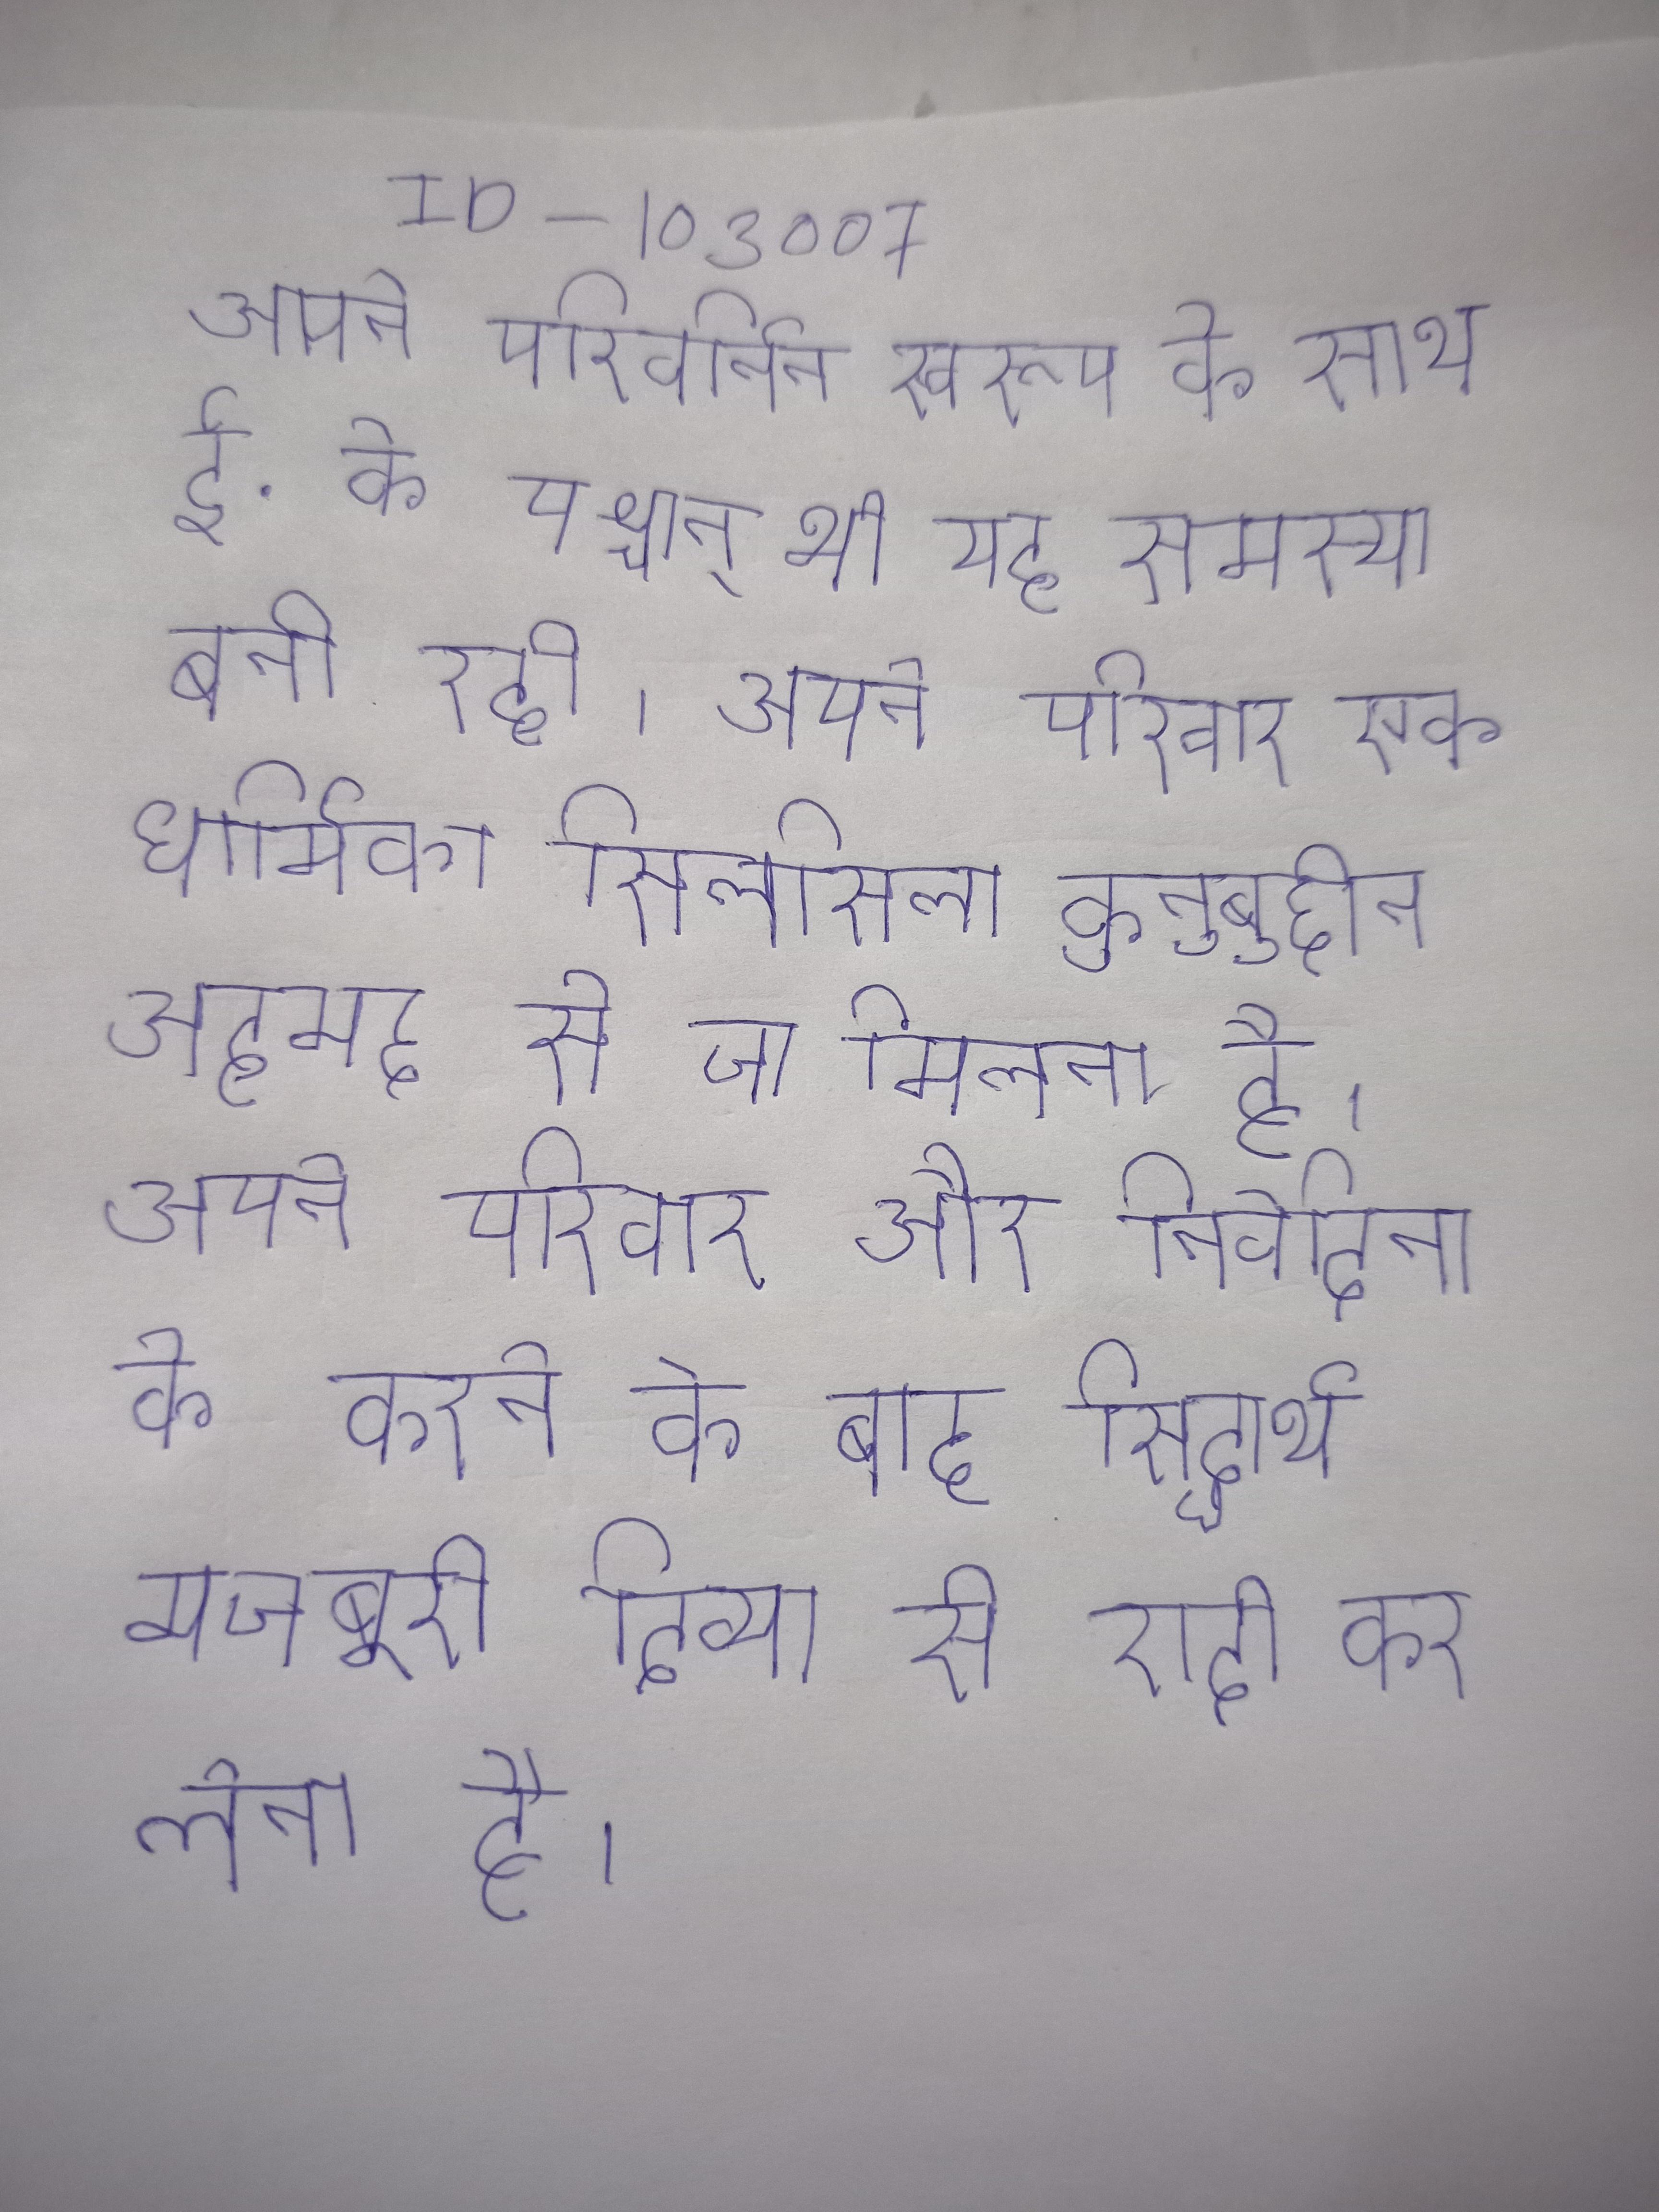
अपने परिवर्तित स्वरूप के साथ ई. के पश्चात् भी यह समस्या बनी रही । अपने परिवार एक धार्मिक घराना है, जिसका सिलसिला कुतुबुद्दीन अहमद से जा मिलता है । अपने परिवार और निवेदिता के करने के बाद सिद्धार्थ मजबूरी दिव्या से शादी कर लेता है ।